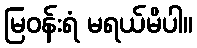
မြဝန်းရံ မရယ်မိပါ။